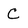
Character: C